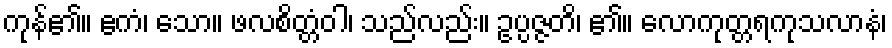
ကုန်၏။ ဧကံ၊ သော။ ဖလစိတ္တံဝါ၊ သည်လည်း။ ဥပ္ပဇ္ဇတိ၊ ၏။ လောကုတ္တရကုသလာနံ၊